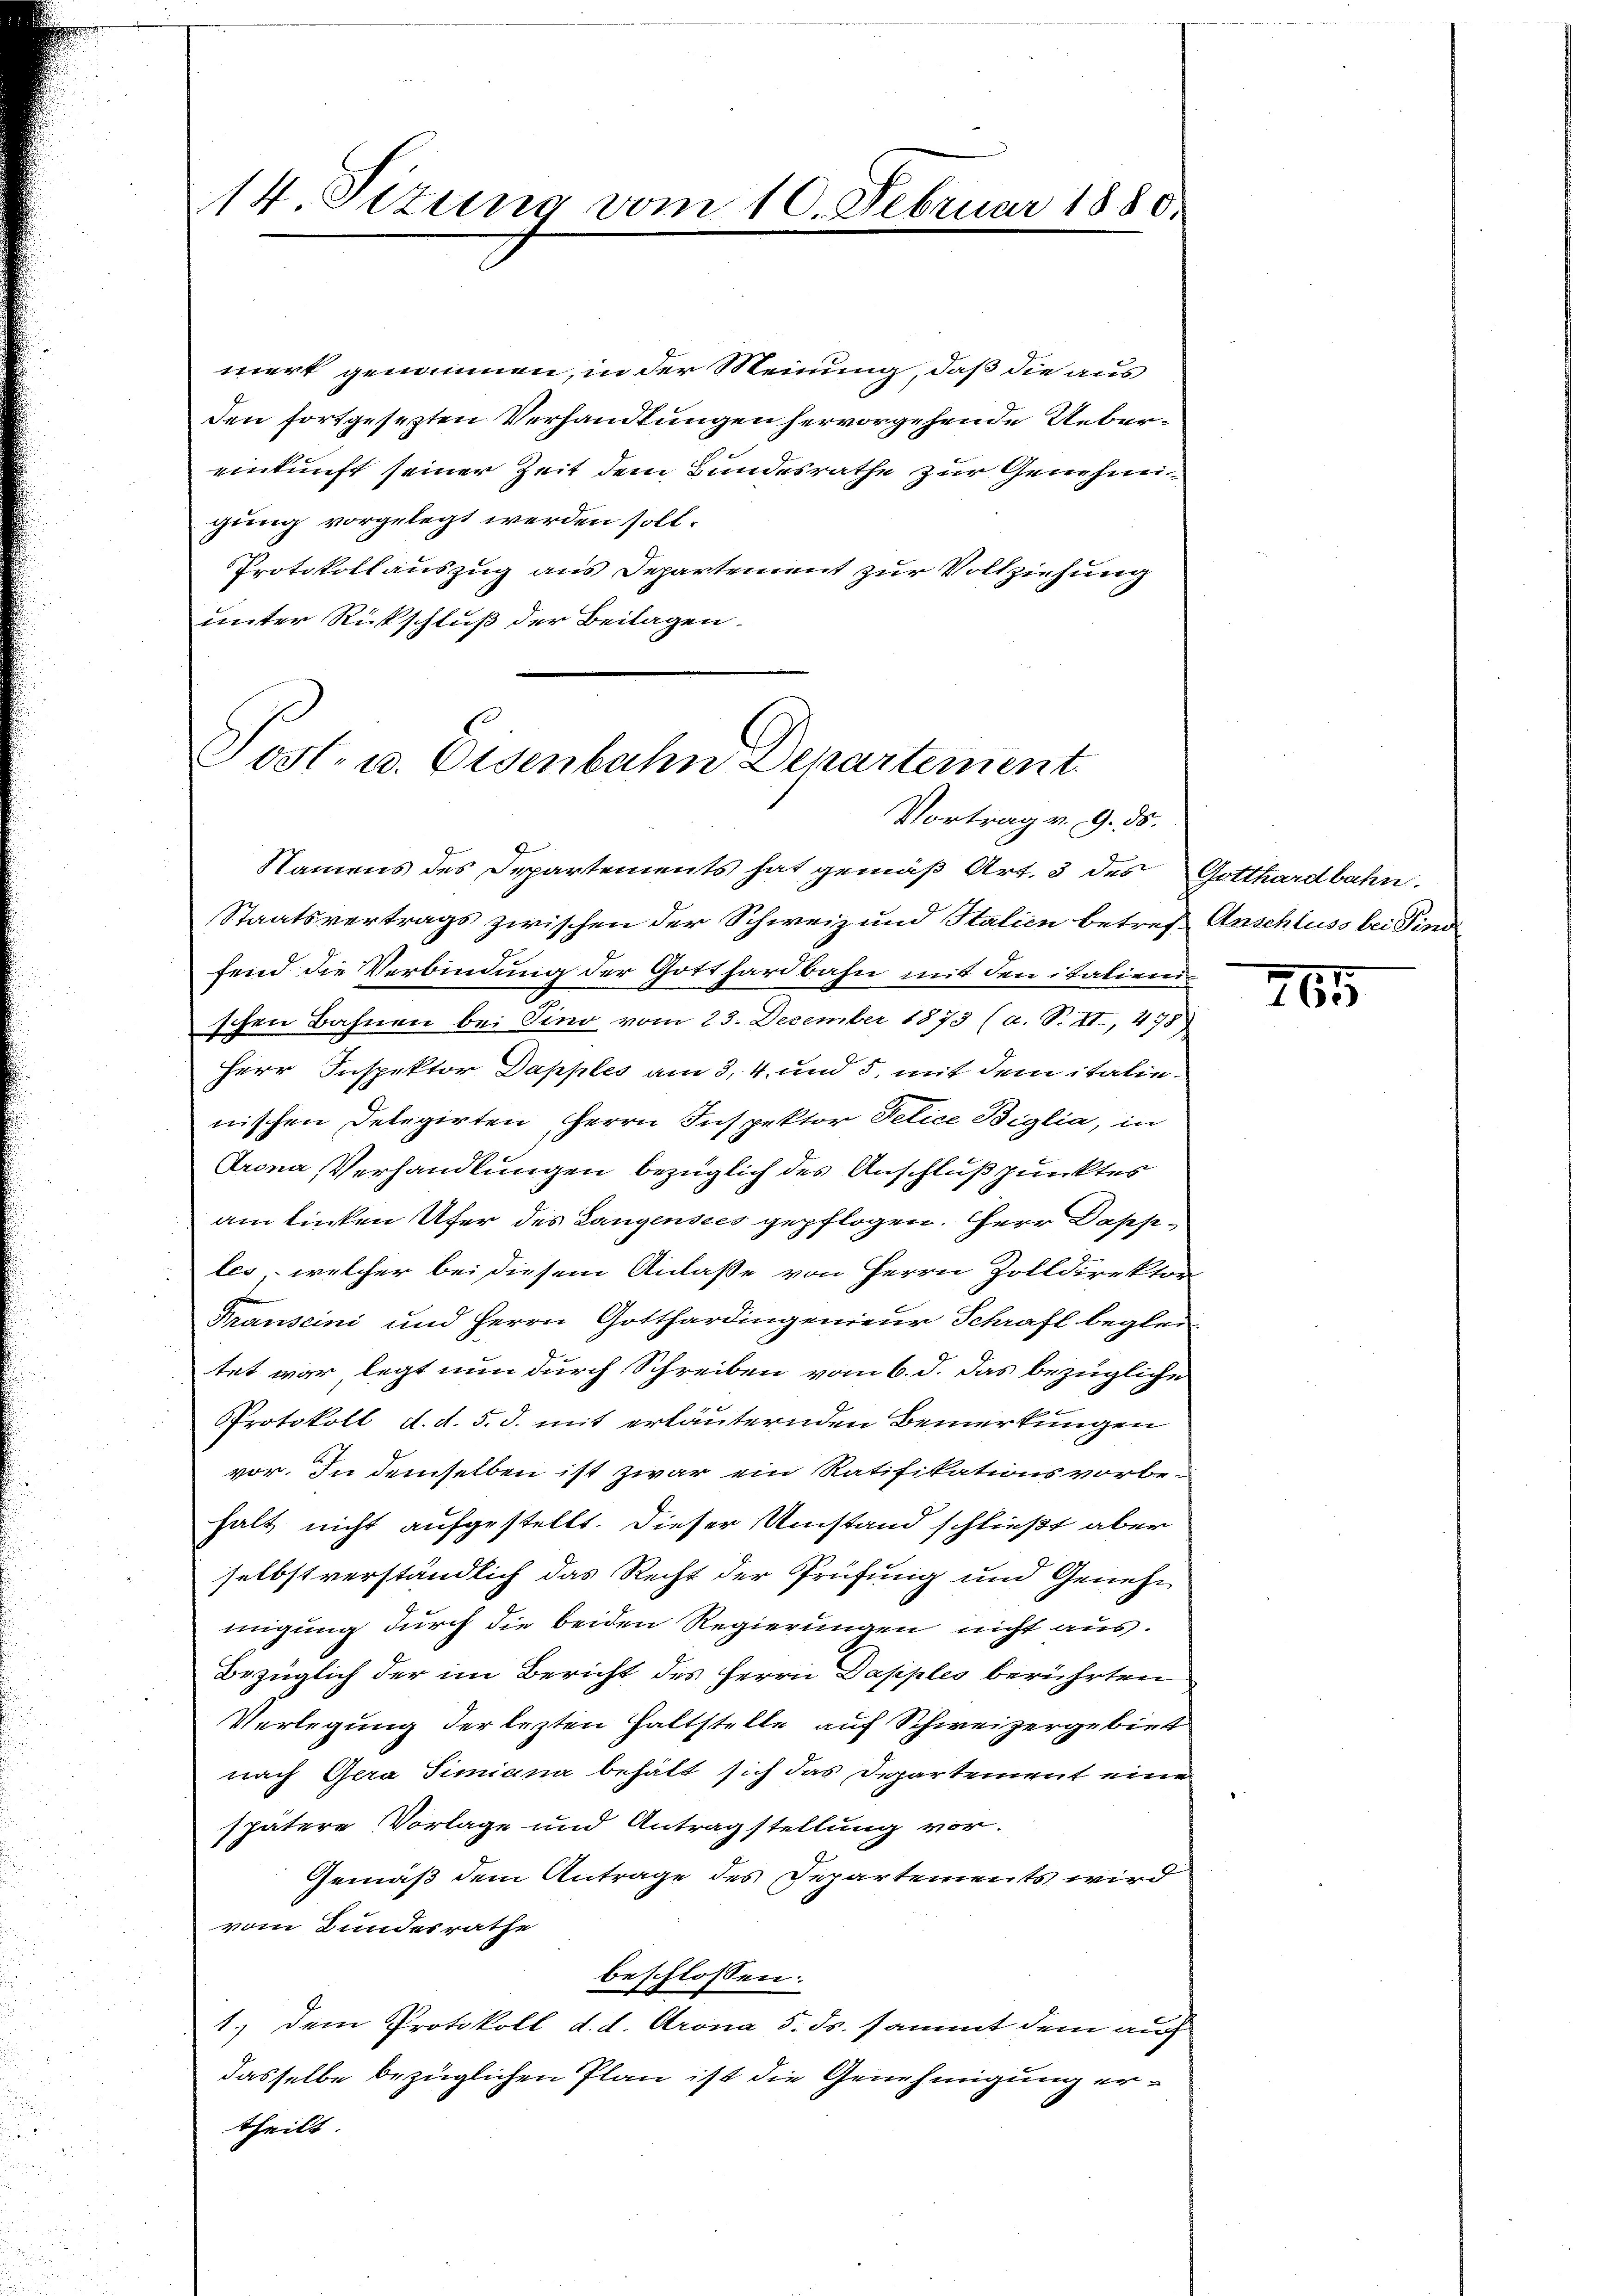
14 Sizung vom 10. Februar 1880.

mert genommen, in der Meinung, daß die aus
den fortgesezten Verhandlungen hervorgehende Uebereinkunft seiner Zeit dem Bundesrathe zur Genehmigung vorgelegt werden soll.
Protokollauszug aus Departement zur Vollziehung
unter Rückschluß der Beilagen.

Post- u. Eisenbahn Departement
Vortrag v. 9. ds.

Namens des Departements hat gemäß Art. 3 des Gotthardbahn.
Staatsvertrags zwischen der Schweiz und Stalien betref Anschluss bei Pind
fend die Verbindung der Gotthardbahn mit den italienischen Bahnen bei Pino vom 23. December 1873 (a. S. II, 478
Herr Inspektor Dapples am 3. 4. und 5, mit dem italienischen Delegirten, Herrn Inspektor Felice Biglia, in
Trona, Verhandlungen bezüglich des Anschlußpunktes
am linken Ufer des Langensees gepflogen. Herr Dasseles, welcher bei diesem Anlaße von Herrn Zolldirektor
Franscini und Herrn Gotthardingenieur Schraft begleitet war legt nun durch Schreiben vom 6. d. das bezügliche
Protokoll d. d. 5. d. mit erläuternden Bemerkungen
vor. In demselben ist zwar ein Ratifikationsvorbehalt nicht aufgestellt. Dieser Umstand schließt aber
selbst verständlich das Recht der Prüfung und Genehmigung durch die beiden Regierungen nicht aus.
Bezüglich der im Bericht des Herrn Dapples berührten
Verlegung der lezten Haltstelle auf Schweizergebiet
nach Gera Timiana behält sich das Departement eine
spätere Vorlage und Antragstellung vor.
Gemäß dem Antrage des Departements wird
vom Bundesrathe
beschlossen:
1.) Dem Protokoll d. d. Arona 5. ds. sammt dem auf
dasselbe bezüglichen Plan ist die Genehmigung ertheilt

265